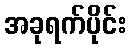
အခုရက်ပိုင်း